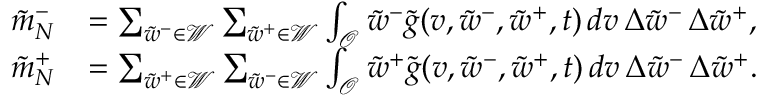
\begin{array} { r l } { \tilde { m } _ { N } ^ { - } } & { = \sum _ { \tilde { w } ^ { - } \in \mathcal { W } } \sum _ { \tilde { w } ^ { + } \in \mathcal { W } } \int _ { \mathcal { O } } \tilde { w } ^ { - } \tilde { g } ( v , \tilde { w } ^ { - } , \tilde { w } ^ { + } , t ) \, d v \, \Delta { \tilde { w } } ^ { - } \, \Delta { \tilde { w } } ^ { + } , } \\ { \tilde { m } _ { N } ^ { + } } & { = \sum _ { \tilde { w } ^ { + } \in \mathcal { W } } \sum _ { \tilde { w } ^ { - } \in \mathcal { W } } \int _ { \mathcal { O } } \tilde { w } ^ { + } \tilde { g } ( v , \tilde { w } ^ { - } , \tilde { w } ^ { + } , t ) \, d v \, \Delta { \tilde { w } } ^ { - } \, \Delta { \tilde { w } } ^ { + } . } \end{array}